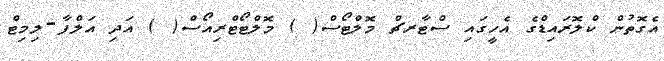
އެގޮތުން ކްލޮރައިޑްގެ އެހީގައި ސްޓާރޗް މޮލްޓޯސް( ) މޮލްޓޯޓްރިއޯސް( ) އަދި އަލްފާ-ލިމިޓް